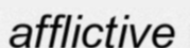
afflictive